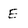
Character: E